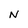
Character: N